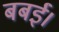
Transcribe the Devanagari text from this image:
बबई।